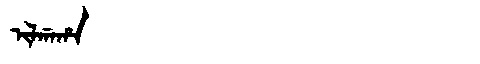
Manchu: ᡳᠯᡤᠠᡥᠠ
Romanization: ILGAHA